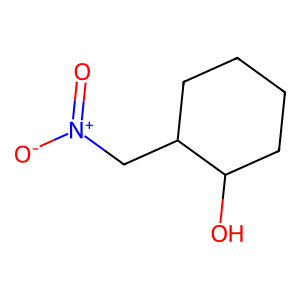
SMILES: O=[N+]([O-])CC1CCCCC1O
Inhibits HIV replication: No